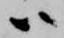
ハ